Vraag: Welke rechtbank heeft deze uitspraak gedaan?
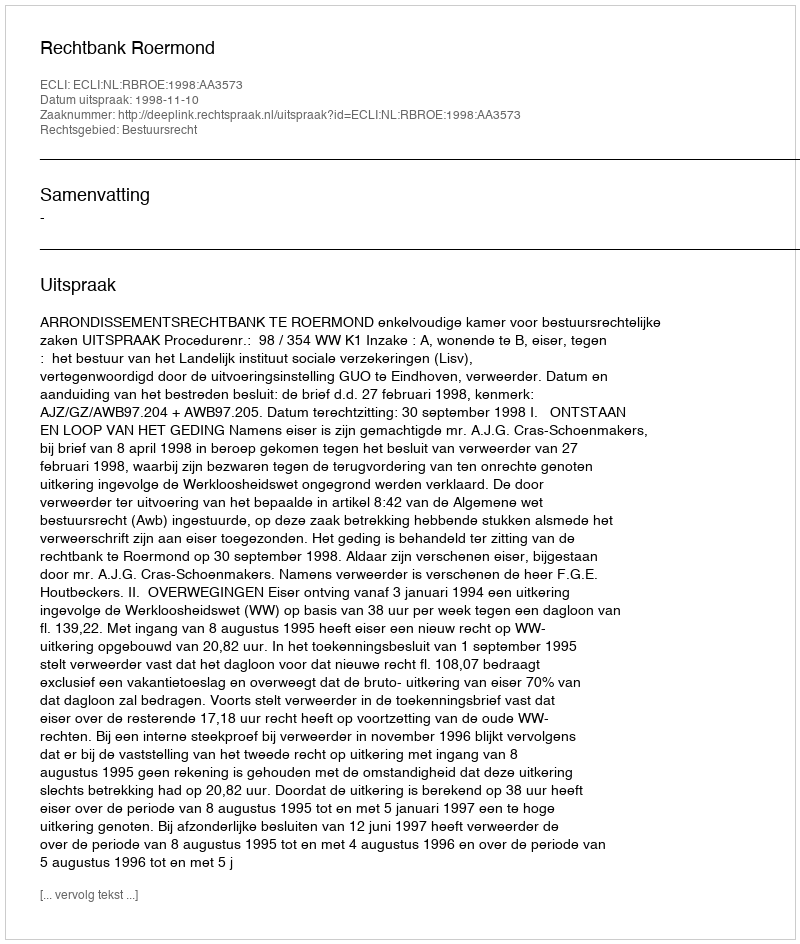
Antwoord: Rechtbank Roermond